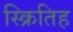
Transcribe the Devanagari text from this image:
स्क्रितिह